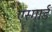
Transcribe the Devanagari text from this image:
एस्गार्ड